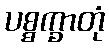
ပစ္စက္ခာတုံ